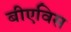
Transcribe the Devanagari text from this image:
बीएविस